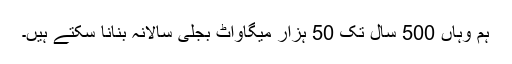
ہم وہاں 500 سال تک 50 ہزار میگاواٹ بجلی سالانہ بنانا سکتے ہیں۔